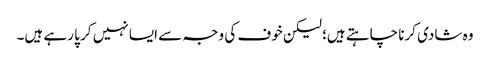
وہ شادی کرنا چاہتے ہیں؛ لیکن خوف کی وجہ سے ایسا نہیں کر پا رہے ہیں۔